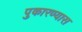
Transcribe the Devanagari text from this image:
पुकारण्यास